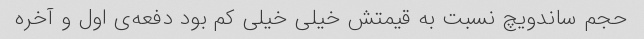
حجم ساندویچ نسبت به قیمتش خیلی خیلی کم بود دفعه‌ی اول و آخره